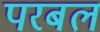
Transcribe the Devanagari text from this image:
परबल